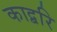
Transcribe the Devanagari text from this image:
काद्बरि